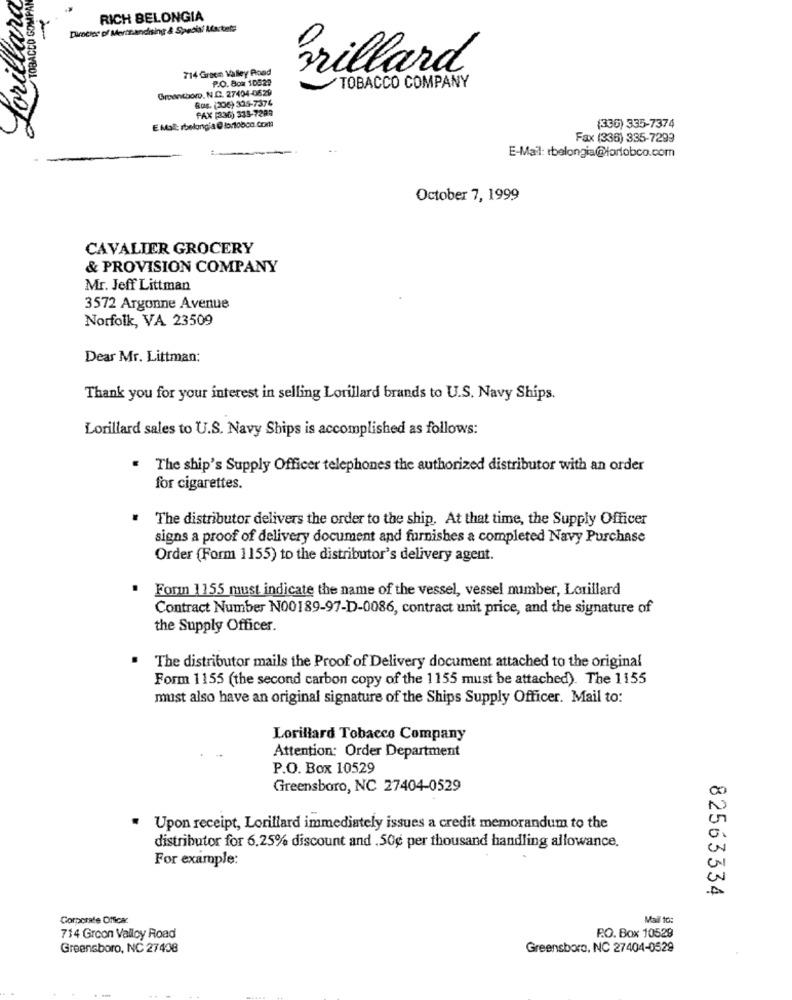
Forillara
TOBACCO COMPAN
RICH BELONGIA
Direies of Merttandising & Special Markete
-
714 Green Valley Road
Grillard
TOBACCO COMPANY
Groenthor. N.C. 27404-0629
P.O. Box 10829
Bus. (206) 325-7374
FAX (336) 335-7289
E Mail: sbelong'a @ lortobco.com
(330) 335-7374
Fax (336) 335-7299
E-Mail: rbelongia@lorfobco.com
October 7, 1999
CAVALIER GROCERY
& PROVISION COMPANY
Mr. Jeff Littman
3572 Argonne Avenue
Norfolk, VA 23509
Dear Mr. Littman:
Thank you for your interest in selling Lorillard brands to U.S. Navy Ships.
Lorillard sales to U.S. Navy Ships is accomplished as follows:
. The ship's Supply Officer telephones the authorized distributor with an order
for cigarettes.
The distributor delivers the order to the ship, At that time, the Supply Officer
signs a proof of delivery document and furnishes a completed Navy Purchase
Order (Form 1155) to the distributor's delivery agent.
. Forin 1155 must indicate the name of the vessel, vessel mumber, Lorillard
Contract Number N00189-97-D-0086, contract unit price, and the signature of
the Supply Officer.
The distributor mails the Proof of Delivery document attached to the original
Form 1155 (the second carbon copy of the 1155 must be attached). The 1155
must also have an original signature of the Ships Supply Officer. Mail to:
Lorillard Tobacco Company
Attention: Order Department
P.O. Box 10529
Greensboro, NC 27404-0529
Upon receipt, Lorillard immediately issues a credit memorandum to the
distributor for 6.25% discount and .50g per thousand handling allowance.
For example:
82563334
Corporate Office:
Mail to:
714 Grcon Valley Road
R.O. Box 10529
Greensboro, NC 27408
Greensboro, NC 27404-0529